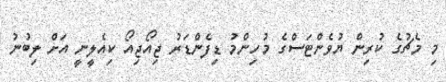
މި މެޗުގެ ކުރިން ޔުވެންޓަސްގެ މުހިންމު ޑިފެންޑަރު ޖިއޯޖިއޯ ކިއެލީީނީ އަށް ލިބުނު